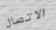
الاتصال